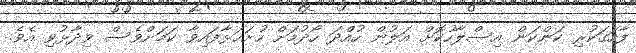
ފާހަގަކުރި ކަންކަން އިސްލާހުކޮށް އަލުން ހުއްދަ ހޯދުމަށް ހުށަހަޅާފައިވާ ކަމަށްވެސް ވިދާޅުވި އެވެ.